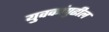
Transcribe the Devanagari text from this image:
युवकांपुढील